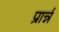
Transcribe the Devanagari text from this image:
प्रार्न्न